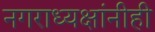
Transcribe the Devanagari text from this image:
नगराध्यक्षांनीही